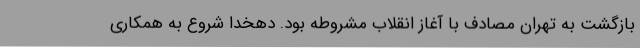
بازگشت به تهران مصادف با آغاز انقلاب مشروطه بود. دهخدا شروع به همکاری